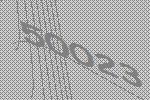
50023